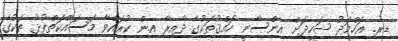
ޑރ. އަހްމަދު ޝަހީދަށް އިންސާނީ ހައްޤުތަކުގެ ދާއިރާ އިން ކުރައްވާ މަސައްކަތްޕުޅު ތަކުގެ